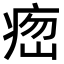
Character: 𤶵